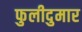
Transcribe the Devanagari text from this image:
फुलीदुमार